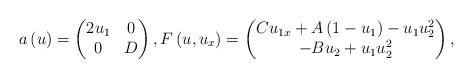
LaTeX: \begin{align*}a\left(u\right)=\begin{pmatrix}2u_{1} & 0\\0 & D\end{pmatrix},F\left(u,u_{x}\right)=\begin{pmatrix}Cu_{1x}+A\left(1-u_{1}\right)-u_{1}u_{2}^{2}\\-Bu_{2}+u_{1}u_{2}^{2}\end{pmatrix},\end{align*}